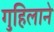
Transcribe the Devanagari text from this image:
गुहिलाने